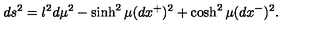
d s ^ { 2 } = l ^ { 2 } d \mu ^ { 2 } - \sinh ^ { 2 } \mu ( d x ^ { + } ) ^ { 2 } + \cosh ^ { 2 } \mu ( d x ^ { - } ) ^ { 2 } .